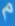
مْم